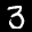
Label: 3